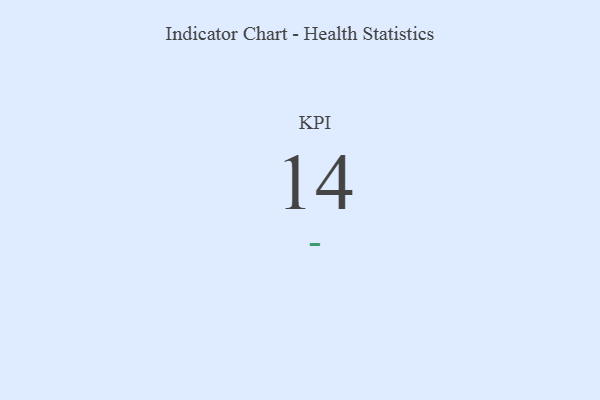
{"axis": {"x": "KPI", "y": "Value"}, "legend": [""], "data": [{"x": "KPI", "y": 14, "type": ""}]}